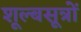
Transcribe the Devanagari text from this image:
शूल्बसूत्रों